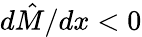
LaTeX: {d\hat{M}}/{dx}<0